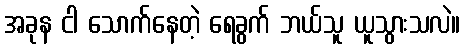
အခုန ငါ သောက်နေတဲ့ ရေခွက် ဘယ်သူ ယူသွားသလဲ။